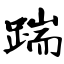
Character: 踹